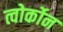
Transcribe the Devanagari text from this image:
त्वोर्कोन